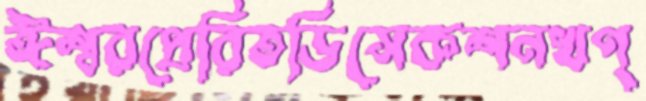
ঈশ্বরপ্রেরিতডিসেকশনখণ্